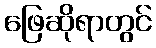
ဖြေဆိုရာတွင်